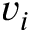
v _ { i }